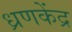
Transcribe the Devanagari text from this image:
ध्रणकेंद्र